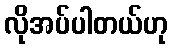
လိုအပ်ပါတယ်ဟု